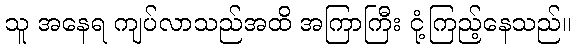
သူ အနေရ ကျပ်လာသည်အထိ အကြာကြီး ငုံ့ကြည့်နေသည်။